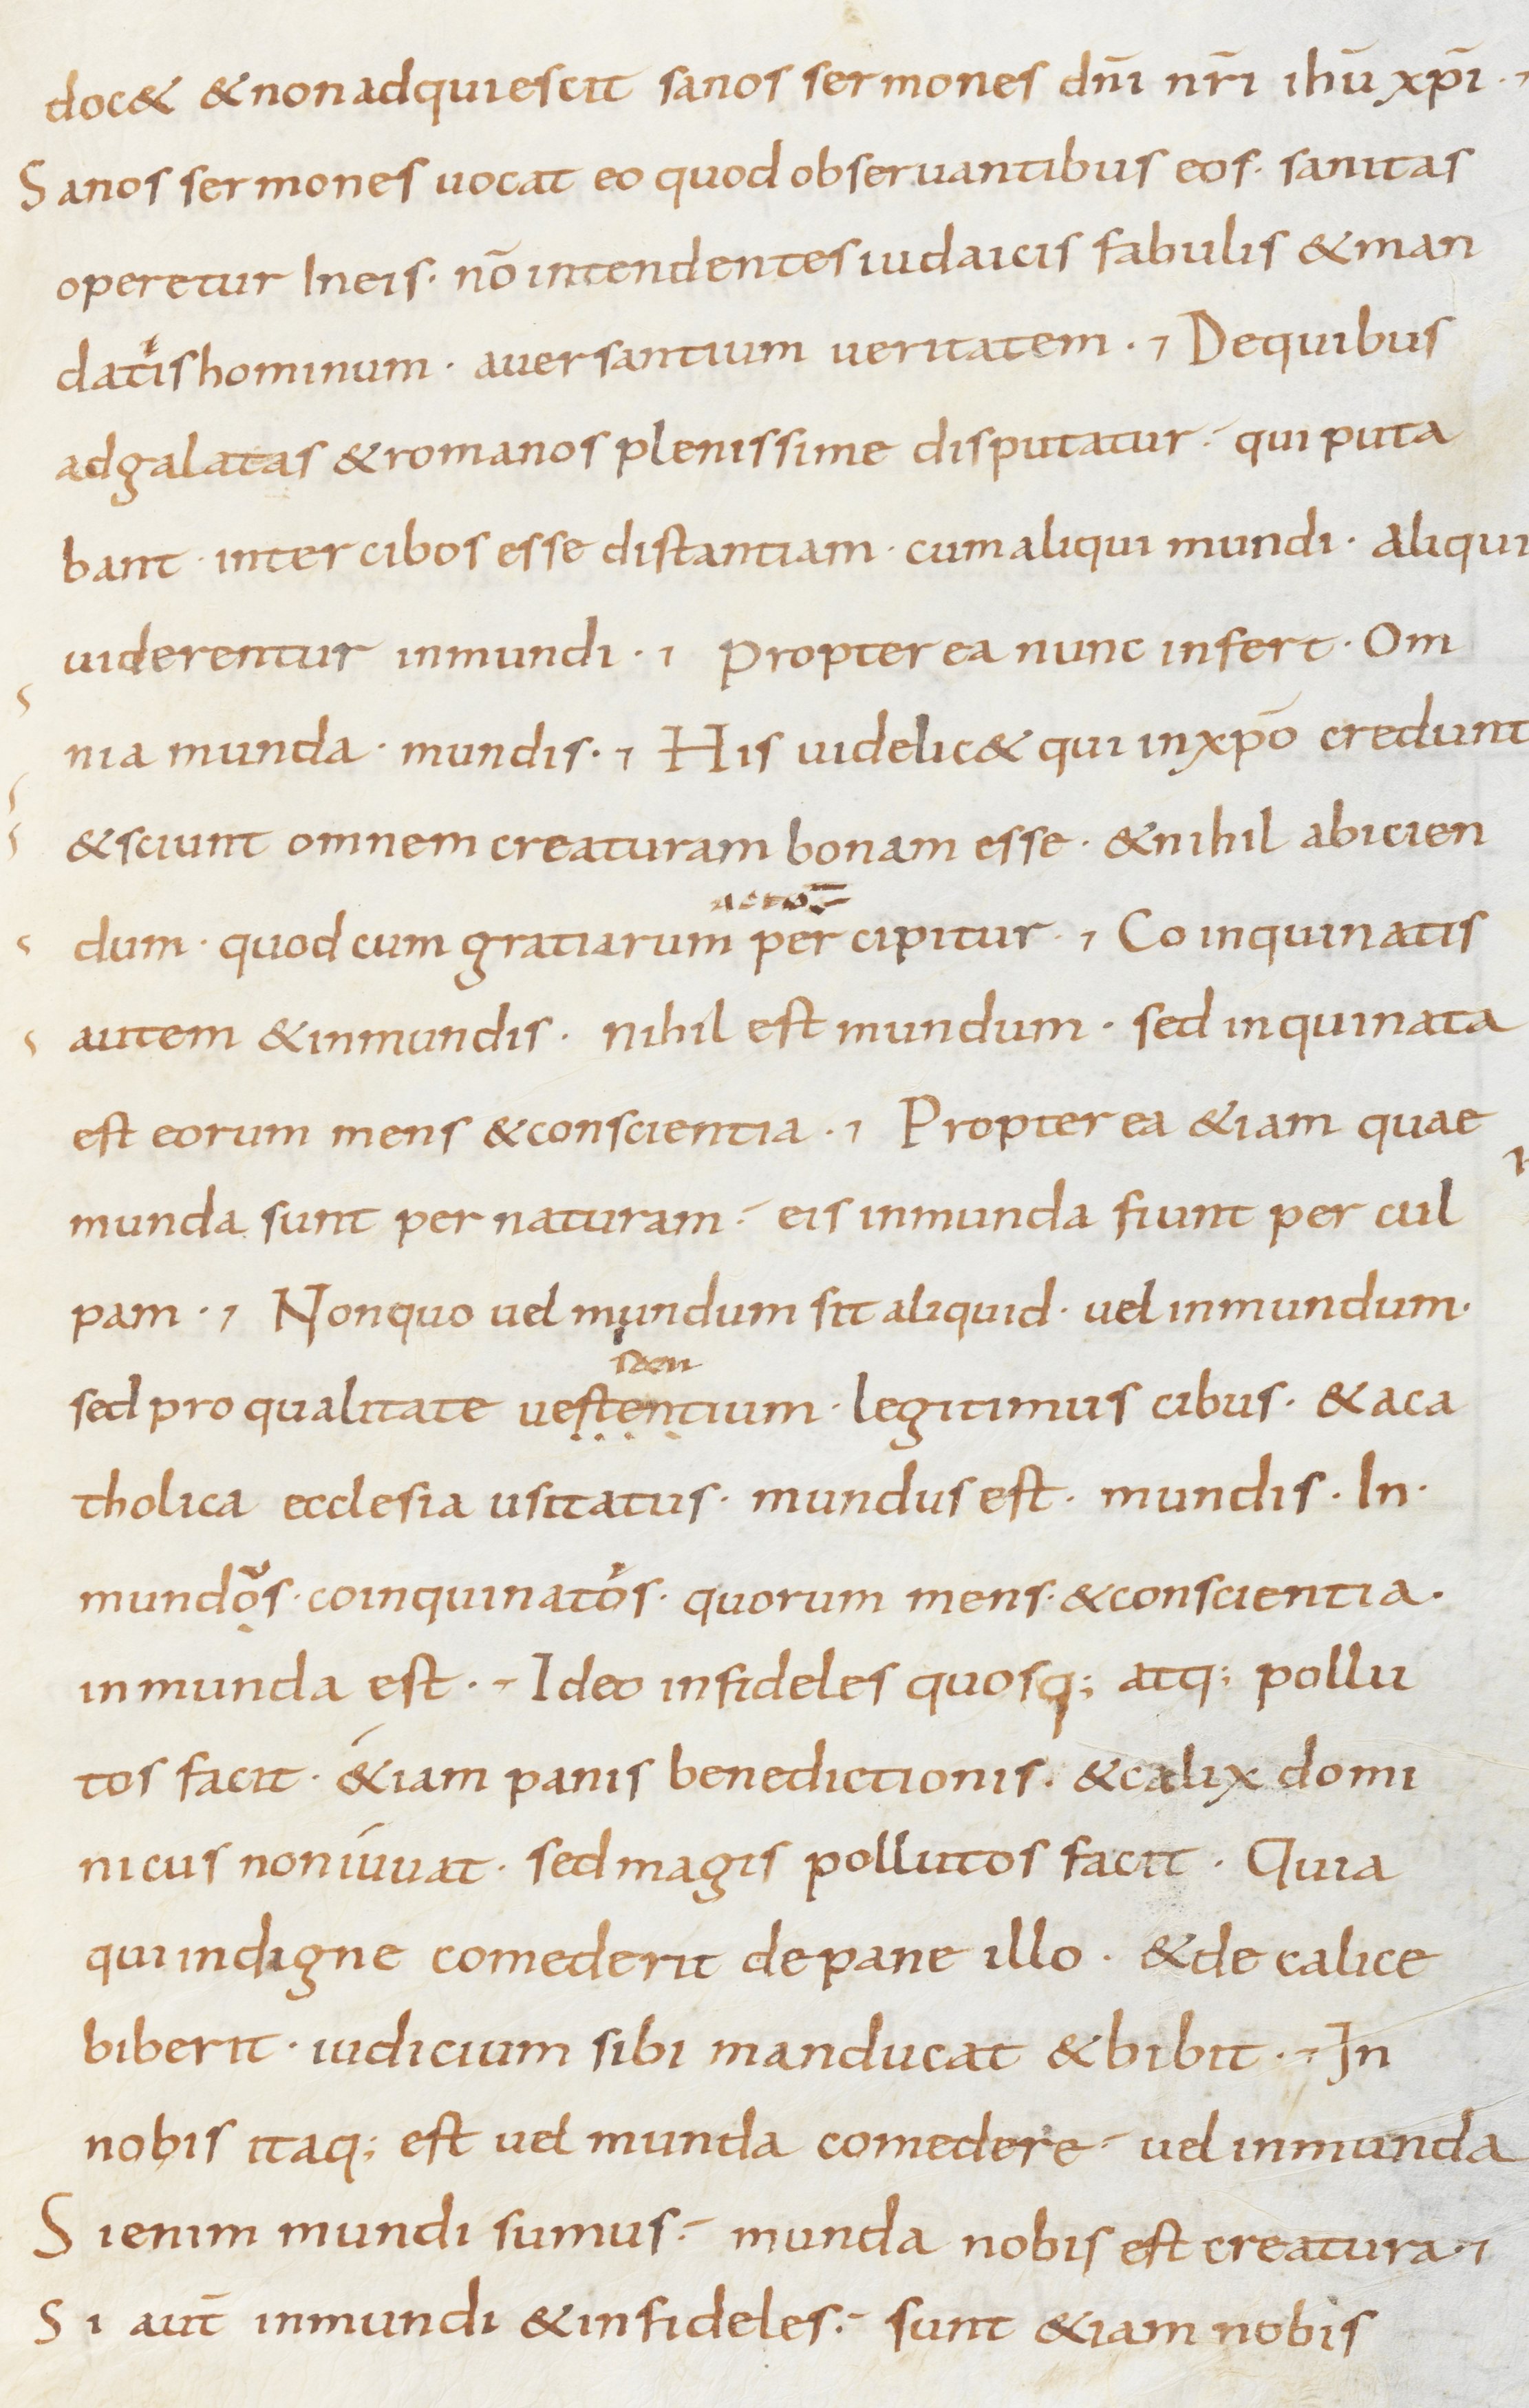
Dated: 800–849